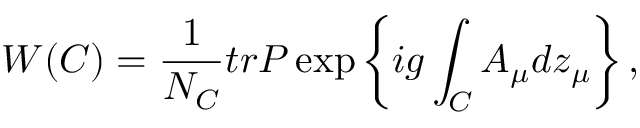
W ( C ) = \frac { 1 } { N _ { C } } t r P \exp \left\{ i g \int _ { C } A _ { \mu } d z _ { \mu } \right\} ,